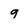
Character: q